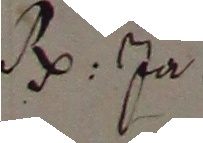
B. Ja.